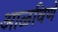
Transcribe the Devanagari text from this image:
आळविणे